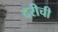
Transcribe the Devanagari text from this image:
दरीची